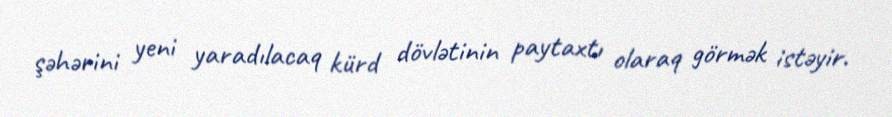
şəhərini yeni yaradılacaq kürd dövlətinin paytaxtı olaraq görmək istəyir.